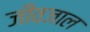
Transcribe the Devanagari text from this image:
जीवजाल